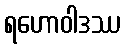
ရဟောဝါဒဿ